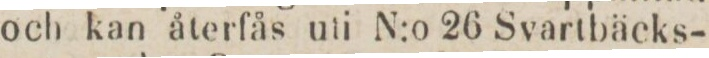
och kan återfås uti N:o 26 Svartbäcks-